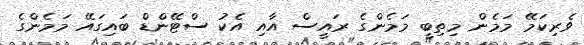
ވެރިކަމޭ މަމެން މިތިބީ މަމެންގެ ރައީސް އާއި އެކު ސްޓޭންޑް ބައިގައޭ މަމެންގެ